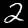
Label: 2